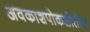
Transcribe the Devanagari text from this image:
अवकाशपोकळीतील